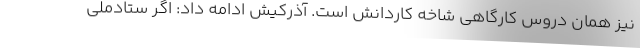
نیز همان دروس کارگاهی شاخه کاردانش است. آذرکیش ادامه داد: اگر ستادملی